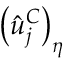
\left( \hat { u } _ { j } ^ { C } \right) _ { \eta }